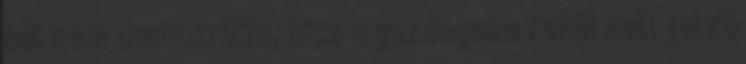
hát nem demokrácia, hisz a gazdagoké Tehát kell jelző